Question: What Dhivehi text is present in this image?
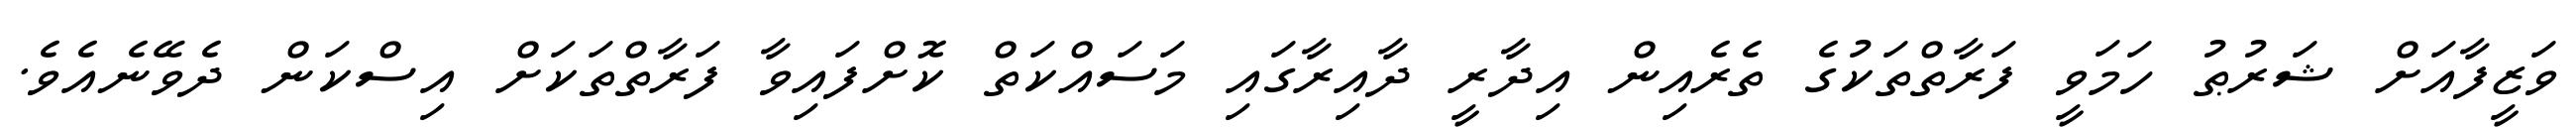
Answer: ވަޒީފާއަށް ޝަރުޠު ހަމަވީ ފަރާތްތަކުގެ ތެރެއިން އިދާރީ ދާއިރާގައި މަސައްކަތް ކޮށްފައިވާ ފަރާތްތަކަށް އިސްކަން ދެވޭނެއެވެ.